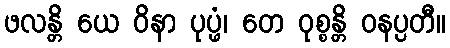
ဖလန္တိ ယေ ဝိနာ ပုပ္ဖံ၊ တေ ဝုစ္စန္တိ ဝနပ္ပတီ။